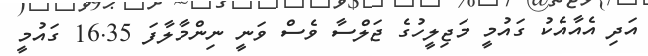
އަދި އެއާއެކު ގައުމީ މަޖިލީހުގެ ޖަލްސާ ވެސް ވަނީ ނިންމާލާފަ 16.35 ގައުމީ